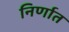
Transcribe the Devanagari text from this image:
निर्णात